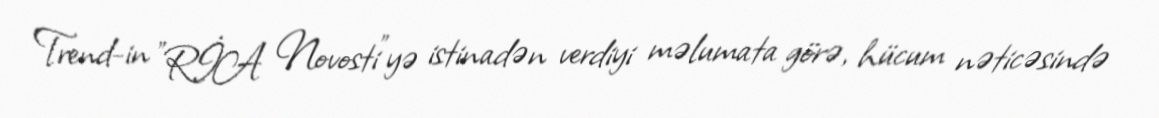
Trend-in "RİA Novosti"yə istinadən verdiyi məlumata görə, hücum nəticəsində